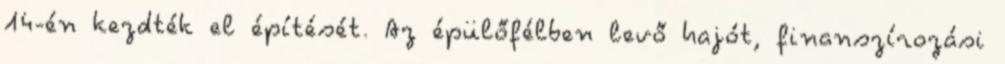
14-én kezdték el építését. Az épülőfélben levő hajót, finanszírozási